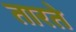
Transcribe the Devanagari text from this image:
तारते